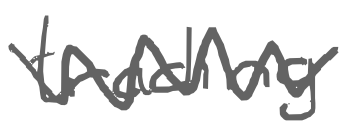
Text: trading
Cross-out: zig-zag
Writing tool: digital_gray